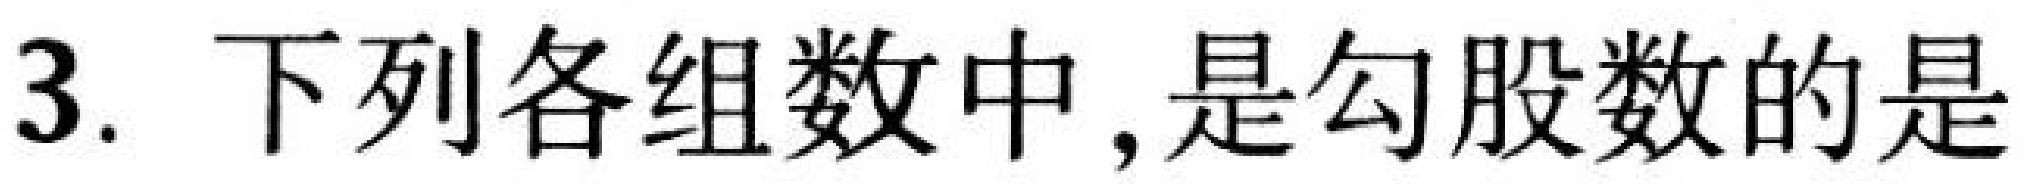
3. 下列各组数中,是勾股数的是